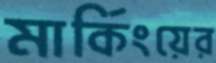
মার্কিংয়ের